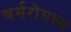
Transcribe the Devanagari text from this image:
चर्मरोगघ्न